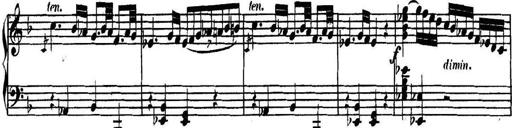
Title: Collected Piano Sonatas
Composer: Muzio Clementi